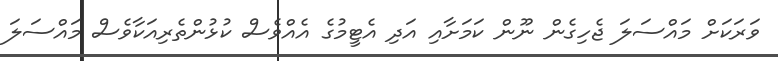
ވަރަކަށް މައްސަލަ ޖެހިގެން ނޫން ކަމަށާއި އަދި އެޓީމުގެ އެއްވެސް ކުޅުންތެރިއަކާވެސް މައްސަލަ